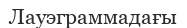
Лауэграммадағы